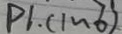
P 1 . ( 1 \sim 6 )